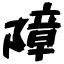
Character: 障